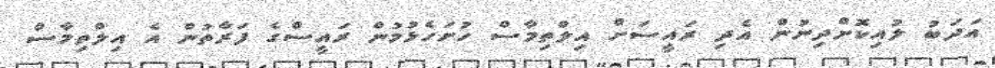
އަދަބު ލުއިކޮށްދިނުން އެދި ރައީސަށް އިލްތިމާސް ހުށަހެޅުމުން ރައީސްގެ ފަރާތުން އެ އިލްތިމާސް